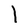
Character: l